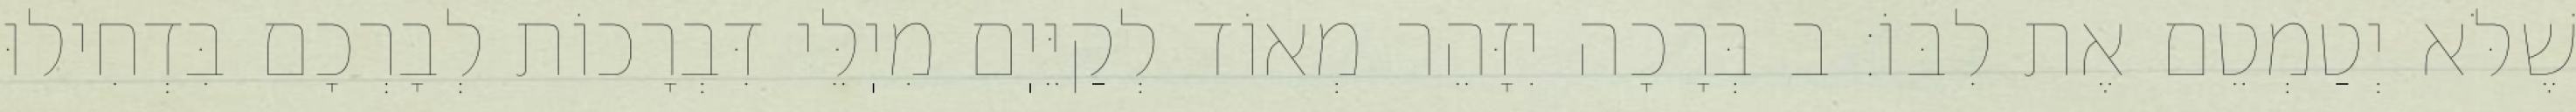
שֶׁלֹּא יְטַמְטֵם אֶת לִבּוֹ: ב בְּרָכָה יִזָּהֵר מְאוֹד לְקַיֵּיֽם מִיֽלֵּי דִּבְרָכוֹת לְבָרְכָם בִּדְחִילוּ